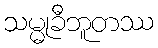
သမ္မုခီဘူတဿ